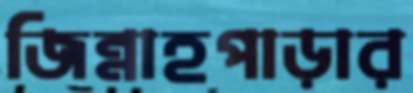
জিন্নাহপাড়ার